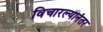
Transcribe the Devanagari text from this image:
विचारल्यानंतर